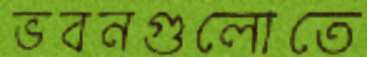
ভবনগুলোতে